Report of the Municipal Commissioner on the plague in Bombay for the year ending 31st May... - Volume 2
Disease focus: Plague
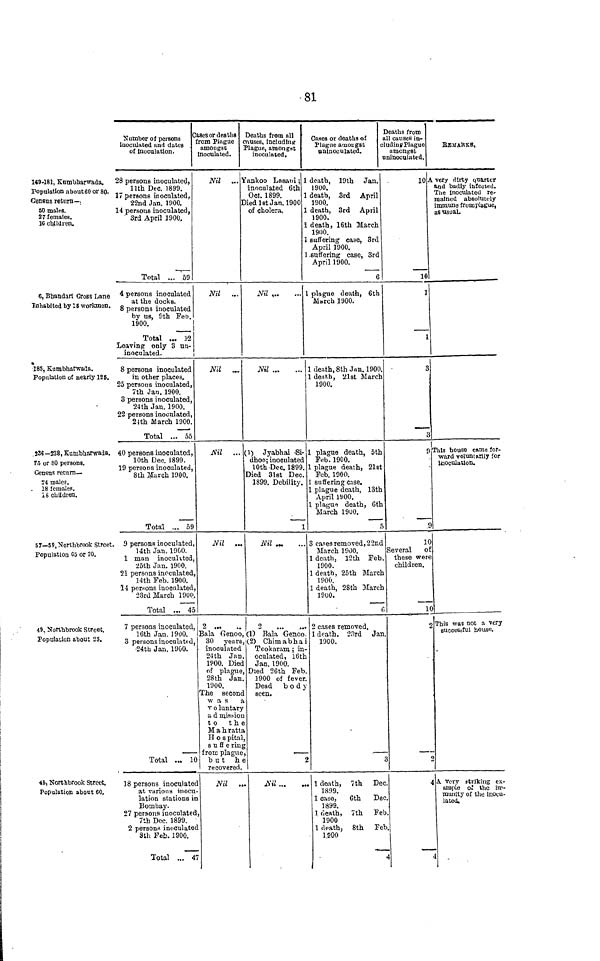
81
K9-181, Kiimbharwadd.
Population about 60 or 80.
Census return— i
SO males.
27 females.
1C children.
6, Bbandari Cross Lane
Inhabited by 15 workmen.
185, Kumbharwaila.
Population of nearly 126.
23fi— 338, Kumbharwada.
f 5 or 80 persons.
Census return—
24 males.
18 females.
18 children.
57— 59,Northbrook Street
Population 65 or 70.
49, Northbrook Street.
Population about 25.
45, Northbrook Street.
Population about 60.
r
Number of persons
inoculated and dates
of inoculation.
28 persons inoculated,
llth Dec. 1899.
it persons inoculated;
22nd Jan. 1900.
14 persons inoculated,
' 3rd April 1900.
Total ... 59
4 persons inoculated
at the docks.
8 persons inoculated
hy us, 9th Feb.
1900.
j
Total ... 1'2
Leaving only 3 nn-
inoculated.
8 persona inoculated
in other places.
25 persons inoculated,
7th Jan. 1900.
3 persons inoculated,
24th Jan. 1900.
22 persons inoculated,
24th March 1900.
Total ... 55
40 persons inoculated,
10th Dec. 1899.
19 persons inoculated,
8th March 1900,
Total ... 59
. 9 persons inoculated,
14th Jan. 1900.
1 man inoculated,
25th Jan. 1900.
21 persons inoculated,
14th Feb. 1900.
14 persons inoculated,
23rd March 1900.
Total ... 45
7 persons inoculated,
16th Jan. 1900.
3 persons inoculated,
24th Jan. 1900.
Total ... 1C
18 persons inoculatec
at various itiocu
lation stations ii
Bombay.
27 persons inoculatec
7th Dec. 1899.
2 persons inoculatec
8th Feb. 1900.
Total ... 4
ases or deaths
from PJague
ainougsc
inoculated.
Nil
... 1
Nil
...
Nil
...
Ml
...
Nil
...
2
Bala Genoo,
30 years,
inoculated
24th Jan.
1900. Died
of plague,
28th Jan.
1900.
The second
was a
v o luntary
a d mission
to the
M a h ratta
II o s pital
s u ff e ring
from plague
but he
recovered.
1
Nil ..
.
i
,
1
7
Deaths from nil
\uises, including
Plague, amongst
inoculated.
fankoo Lasani ; 1
inoculated 6th
O/»f 1
flQQ
1
UCT-. loyy.
j
V » j 3 1/1*. ~Tn
1(\f\(\
Jied 1 st Jan. 1UOO
of cholera.
]
H
1
]
Nil ,
Nil
(1) Jyabhai >Si-
dhoo; inoculated
10th 'Dec. 1899.
Died 31st Dec.
1899. Debility.
1
Nil .„
9
.
(1) Bala Genoo.
(2) Chimabhai
Tcokaram. ; in-
oculated, 16th
Jan. 1900.
Died 26th Feb
1900 of fever.
Dead bod)
seen>
'
5
jftt
1
Cases or deaths of
a
Plague amongst
cl
uninoculated.
c
death, 19th
Jan.
1900.
death, 3rd April
1 onft
lyUU.
death, 3rd April
1900.
death, 16th March
1900.
suffering case, 3rd
April 1900.
.suffering case, 3rd
A prill 900.
6
I plagtie death, 6th
March 1900.
1 death, 8th Jan. 1900.
1 death, 21st March
1900.
1 plague death, 5th
Feb. 1900.
1 plague death, 21st
Feb. 1900.
1 suffering Case.
1 plague death, 13th
April 1900.
1 plague death, 6th
March 19UO.
5
3 cases removed, 22nd
March 1900.
1 death, 12 th Feb.
1900.
1 death, 25th March
1900.
1 death, 28th March
1900.
0
2 cases removed.
1 death, 2.'!rd Jan
1900.
I
. 1 death, 7th Dec
1899.
1 case,
6th Dec
1899.
1 death, 7th Fel
1900
1 death, 8th Fel:
1900
Deaths from
11 causes in-
udinjr Plague
amongst
ninoculated,
10 A
10
1
1
3
3
9
9
10
Several
of
these were
children.
1C
c\
t
.
BEUARKS,
very dirty q-uarter
and badly iulected.
The inoculated re-
malned absolutely
immune fromplague,
as 113 u at
his hou-so came for-
ward volunurily for
inoculation.
This was not a very
successful noustt.
[ A Very striking ex-
ample oi the im-
munity of tho inocu-
lated.
4